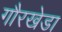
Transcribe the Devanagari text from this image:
गौरखेडा